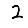
Digit: 2